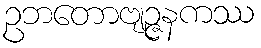
ဥဘတောဗျဉ္ဇနကဿ